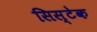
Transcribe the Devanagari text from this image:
सिस्टेक